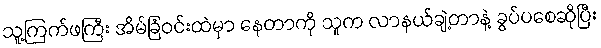
သူ့ကြက်ဖကြီး အိမ်ခြံဝင်းထဲမှာ နေတာကို သူက လာနယ်ချဲ့တာနဲ့ ခွပ်ပစေဆိုပြီး